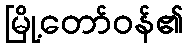
မြို့တော်ဝန်၏